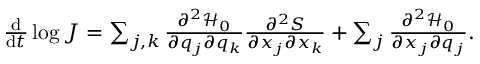
\begin{array} { r } { \frac { \mathrm { d } } { \mathrm { d } t } \log { J } = \sum _ { j , k } \frac { \partial ^ { 2 } \mathcal { H } _ { 0 } } { \partial q _ { j } \partial q _ { k } } \frac { \partial ^ { 2 } S } { \partial x _ { j } \partial x _ { k } } + \sum _ { j } \frac { \partial ^ { 2 } \mathcal { H } _ { 0 } } { \partial x _ { j } \partial q _ { j } } . } \end{array}